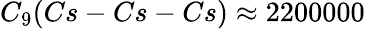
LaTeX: C_{9}(Cs-Cs-Cs)\approx 2200000